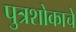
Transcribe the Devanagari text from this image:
पुत्रशोकाचे